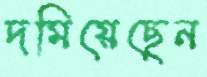
দমিয়েছেন